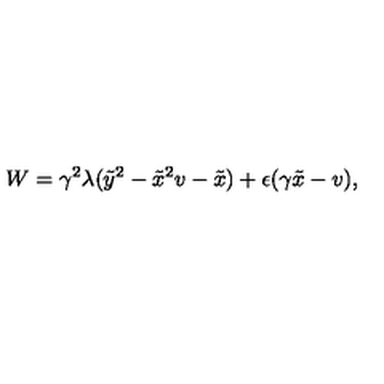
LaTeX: W = \gamma ^ { 2 } \lambda ( \tilde { y } ^ { 2 } - \tilde { x } ^ { 2 } v - \tilde { x } ) + \epsilon ( \gamma \tilde { x } - v ) ,